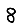
Digit: 8